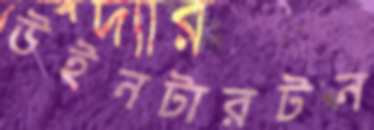
উইনটারটন